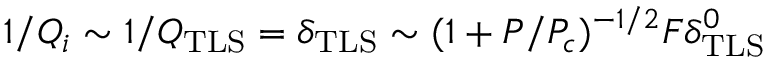
1 / Q _ { i } \sim 1 / Q _ { \mathrm { T L S } } = \delta _ { \mathrm { T L S } } \sim ( 1 + P / P _ { c } ) ^ { - 1 / 2 } F \delta _ { \mathrm { T L S } } ^ { 0 }